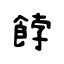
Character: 餑